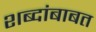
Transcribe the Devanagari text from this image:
शब्दांबाबत